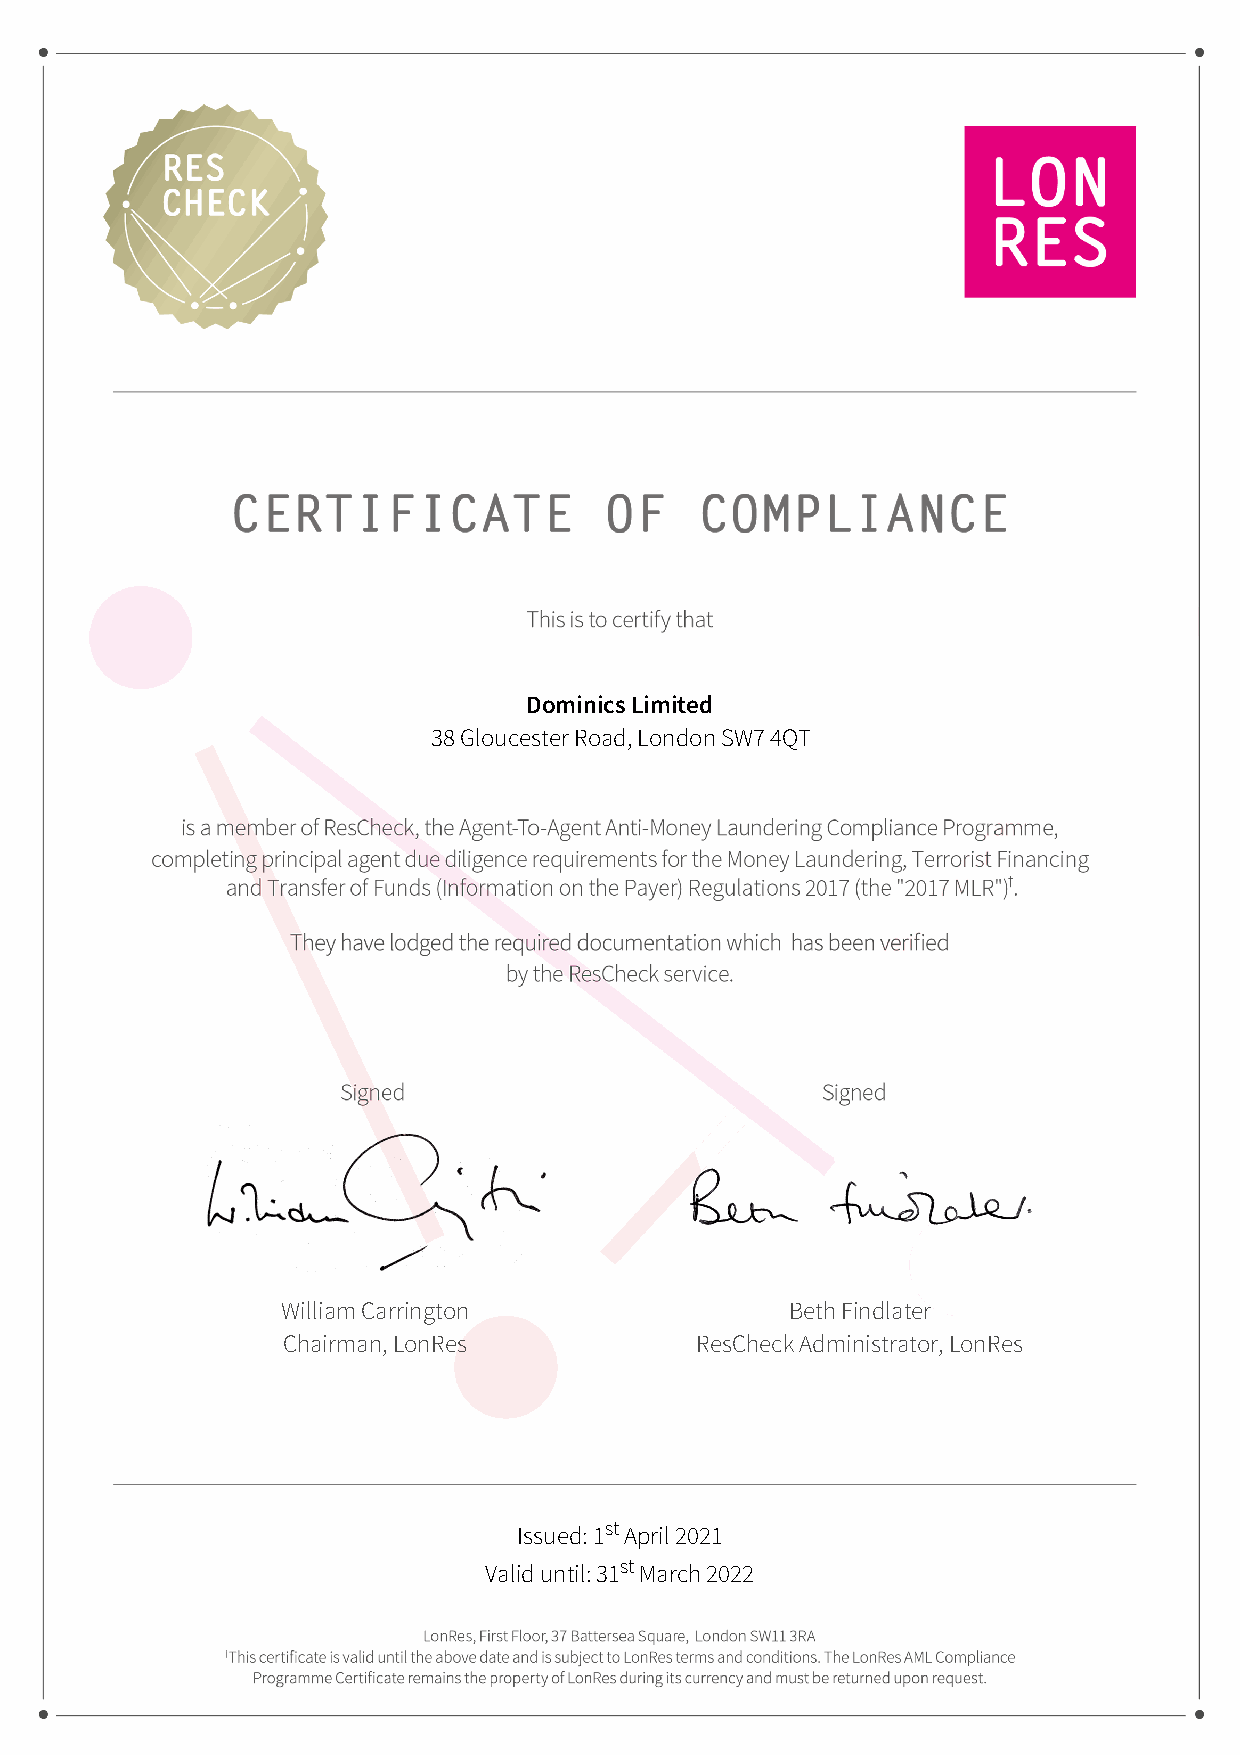
Dominics Limited
 38 Gloucester Road, London SW7 4QT
 William Carrington               Beth Findlater
 Chairman, LonRes           ResCheck Administrator, LonRes
 Issued: 1st April 2021
 Valid until: 31st March 2022